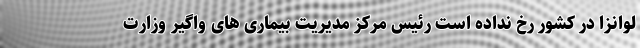
لوانزا در کشور رخ نداده است رئیس مرکز مدیریت بیماری های واگیر وزارت